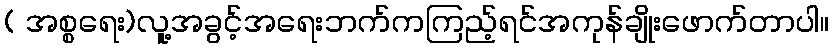
( အစ္စရေး)လူ့အခွင့်အရေးဘက်ကကြည့်ရင်အကုန်ချိုးဖောက်တာပါ။